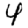
Digit: 4